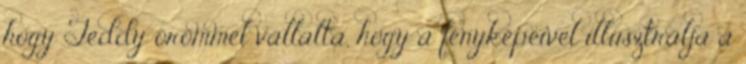
hogy Teddy örömmel vállalta, hogy a fényképeivel illusztrálja a